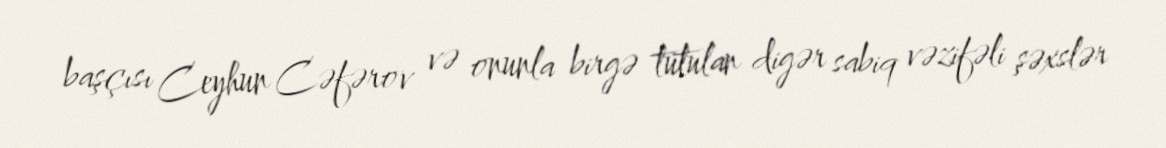
başçısı Ceyhun Cəfərov və onunla birgə tutulan digər sabiq vəzifəli şəxslər